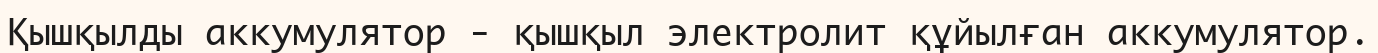
Қышқылды аккумулятор - қышқыл электролит құйылған аккумулятор.